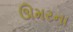
ઊમરના